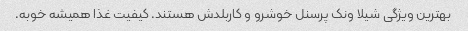
بهترین ویژگی شیلا ونک پرسنل خوشرو و کاربلدش هستند. کیفیت غذا همیشه خوبه.